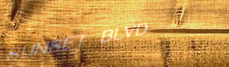
SUNSET BLVD